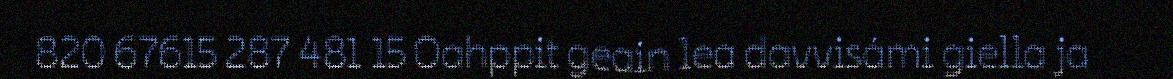
820 67615 287 481 15 Oahppit geain lea davvisámi giella ja